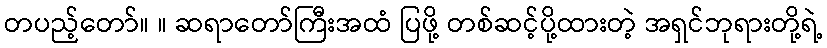
တပည့်တော်။ ။ ဆရာတော်ကြီးအထံ ပြဖို့ တစ်ဆင့်ပို့ထားတဲ့ အရှင်ဘုရားတို့ရဲ့